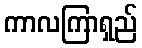
ကာလကြာရှည်